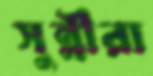
সুন্নীরা